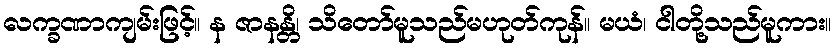
လက္ခဏာကျမ်းဖြင့်။ န ဇာနန္တိ၊ သိတော်မူသည်မဟုတ်ကုန်။ မယံ၊ ငါတို့သည်မူကား။